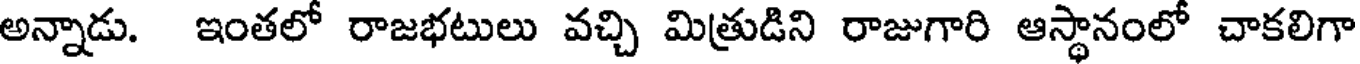
అన్నాడు. ఇంతలో రాజభటులు వచ్చి మిత్రుడిని రాజుగారి ఆస్థానంలో చాకలిగా